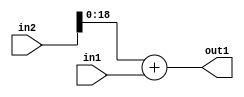
`timescale 1ps / 1ps
/*****************************************************************************
    Verilog RTL Description
    
    
    Created by: Stratus DpOpt 2019.1.01 
*******************************************************************************/

module SobelFilter_Add_20Sx17U_19U_1 (
	in2,
	in1,
	out1
	); /* architecture "behavioural" */ 
input [19:0] in2;
input [16:0] in1;
output [18:0] out1;
wire [18:0] asc001;

assign asc001 = 
	+(in2[18:0])
	+(in1);

assign out1 = asc001;
endmodule

/* CADENCE  ubLxSw4= : u9/ySgnWtBlWxVPRXgAZ4Og= ** DO NOT EDIT THIS LINE ******/